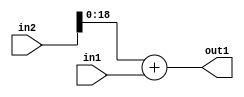
`timescale 1ps / 1ps
/*****************************************************************************
    Verilog RTL Description
    
    
    Created by: Stratus DpOpt 2019.1.01 
*******************************************************************************/

module SobelFilter_Add_20Sx17U_19U_1 (
	in2,
	in1,
	out1
	); /* architecture "behavioural" */ 
input [19:0] in2;
input [16:0] in1;
output [18:0] out1;
wire [18:0] asc001;

assign asc001 = 
	+(in2[18:0])
	+(in1);

assign out1 = asc001;
endmodule

/* CADENCE  ubLxSw4= : u9/ySgnWtBlWxVPRXgAZ4Og= ** DO NOT EDIT THIS LINE ******/